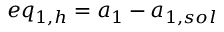
e q _ { 1 , h } = { a _ { 1 } } - { a _ { 1 , s o l } }